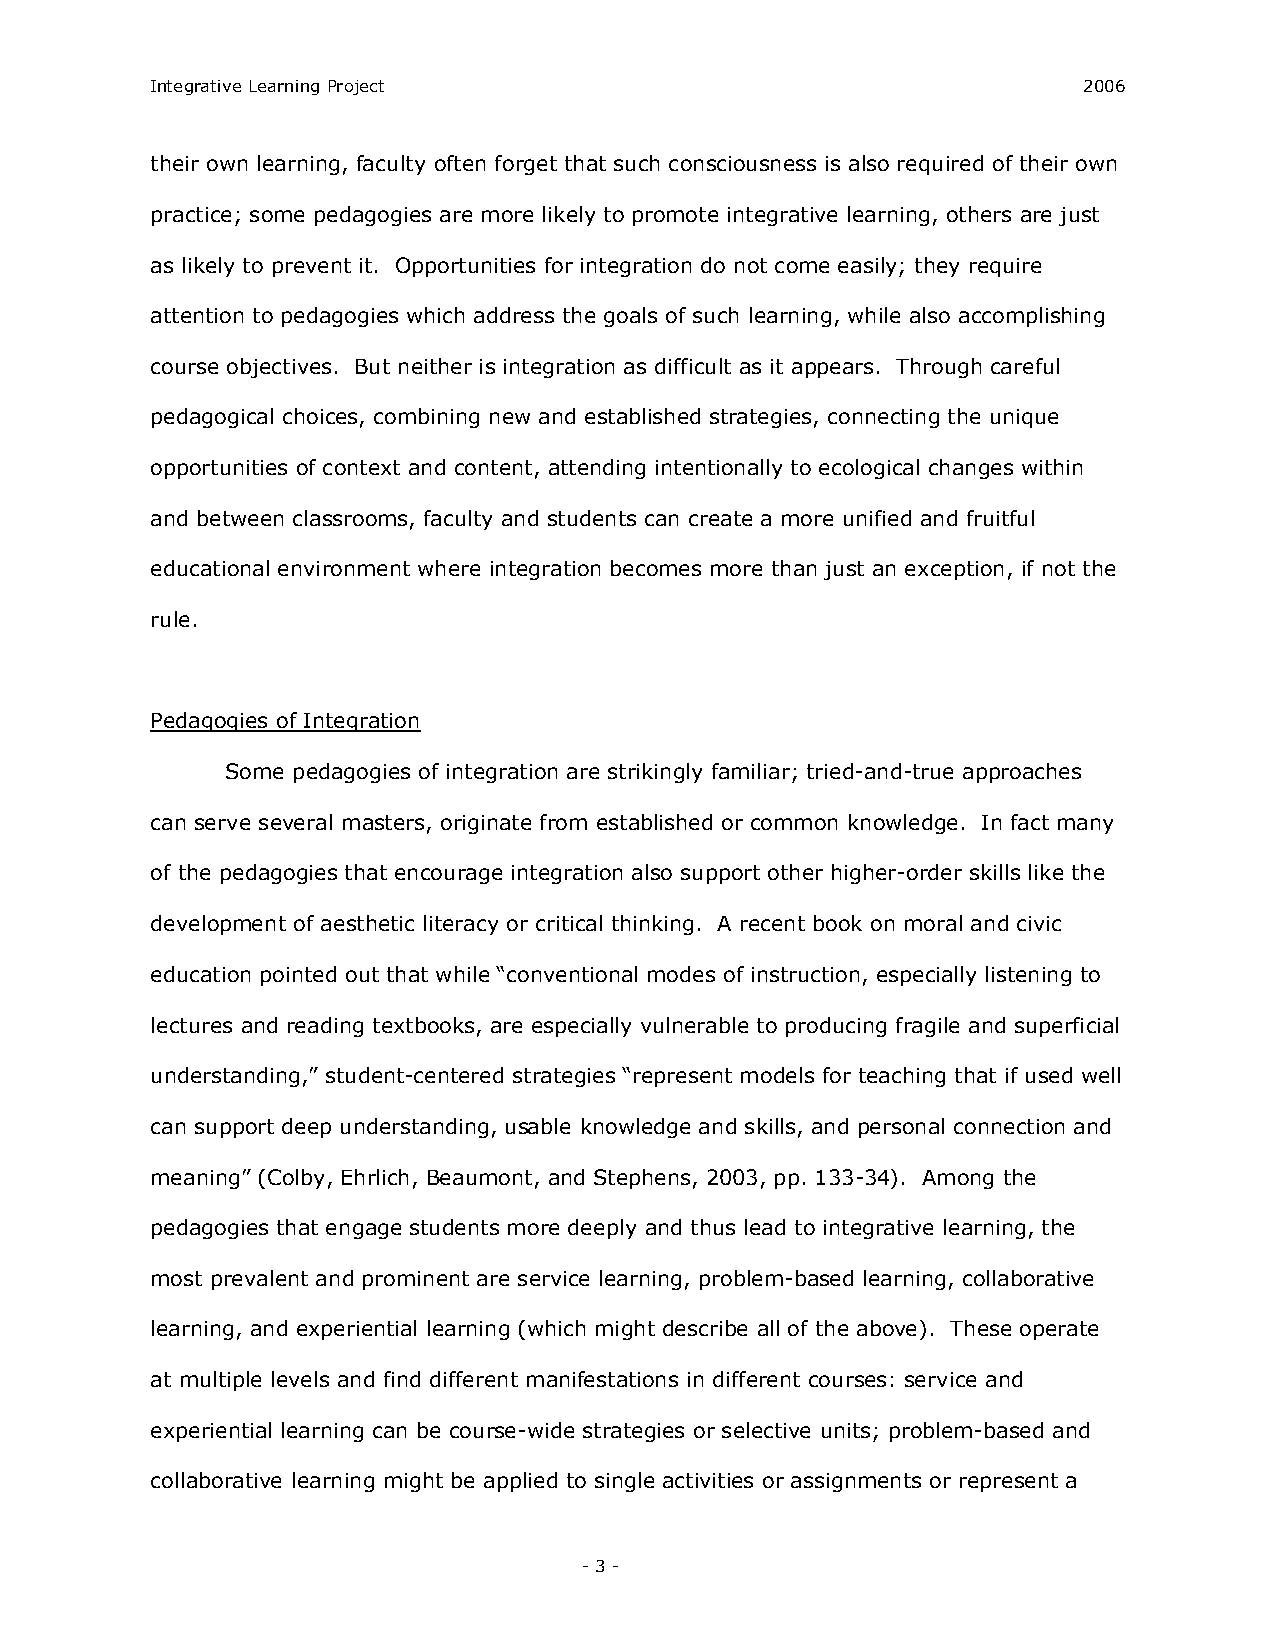
Integrative Learning Project                                  2006
 their own learning, faculty often forget that such consciousness is also required of their own
 practice; some pedagogies are more likely to promote integrative learning, others are just
 as likely to prevent it. Opportunities for integration do not come easily; they require
 attention to pedagogies which address the goals of such learning, while also accomplishing
 course objectives. But neither is integration as difficult as it appears. Through careful
 pedagogical choices, combining new and established strategies, connecting the unique
 opportunities of context and content, attending intentionally to ecological changes within
 and between classrooms, faculty and students can create a more unified and fruitful
 educational environment where integration becomes more than just an exception, if not the
 rule.
 Pedagogies of Integration
 Some pedagogies of integration are strikingly familiar; tried­and­true approaches
 can serve several masters, originate from established or common knowledge. In fact many
 of the pedagogies that encourage integration also support other higher­order skills like the
 development of aesthetic literacy or critical thinking. A recent book on moral and civic
 education pointed out that while “conventional modes of instruction, especially listening to
 lectures and reading textbooks, are especially vulnerable to producing fragile and superficial
 understanding,” student­centered strategies “represent models for teaching that if used well
 can support deep understanding, usable knowledge and skills, and personal connection and
 meaning” (Colby, Ehrlich, Beaumont, and Stephens, 2003, pp. 133­34). Among the
 pedagogies that engage students more deeply and thus lead to integrative learning, the
 most prevalent and prominent are service learning, problem­based learning, collaborative
 learning, and experiential learning (which might describe all of the above). These operate
 at multiple levels and find different manifestations in different courses: service and
 experiential learning can be course­wide strategies or selective units; problem­based and
 collaborative learning might be applied to single activities or assignments or represent a
 ­ 3 ­